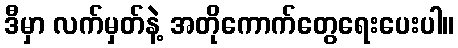
ဒီမှာ လက်မှတ်နဲ့ အတိုကောက်တွေရေးပေးပါ။